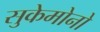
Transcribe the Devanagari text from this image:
सुकेमोनो